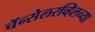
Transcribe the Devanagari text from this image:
चॅन्सेलरव्हिलच्या